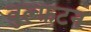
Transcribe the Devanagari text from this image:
वुल्फ़टन